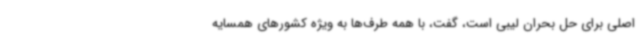
اصلی برای حل بحران لیبی است، گفت، با همه طرف‌ها به ویژه کشورهای همسایه